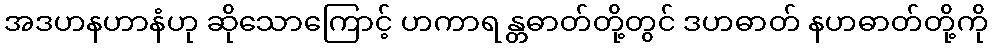
အဒဟနဟာနံဟု ဆိုသောကြောင့် ဟကာရ န္တဓာတ်တို့တွင် ဒဟဓာတ် နဟဓာတ်တို့ကို